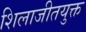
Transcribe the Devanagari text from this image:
शिलाजीतयुक्त